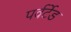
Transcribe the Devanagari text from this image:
पर्वर्टेड